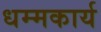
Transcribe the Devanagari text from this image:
धम्मकार्य